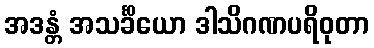
အဒန္တံ အသင်္ခိယော ဒါသိဂဏပရိဝုတာ